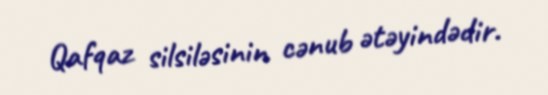
Qafqaz silsiləsinin cənub ətəyindədir.